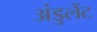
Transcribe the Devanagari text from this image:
अंडुलेंट